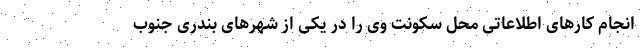
انجام کارهای اطلاعاتی محل سکونت وی را در یکی از شهرهای بندری جنوب